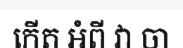
កើត អំពី វា ចា